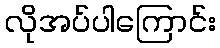
လိုအပ်ပါကြောင်း